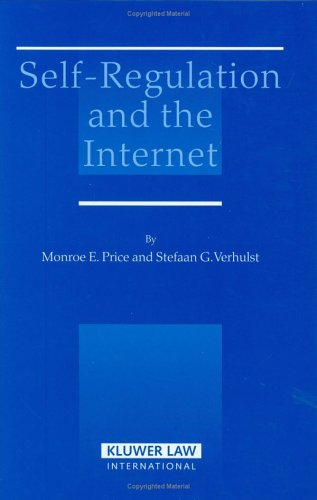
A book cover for Self-Regulation and the Internet; Monroe E. Price; Law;